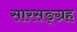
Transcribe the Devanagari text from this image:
सारसङ्ग्रह